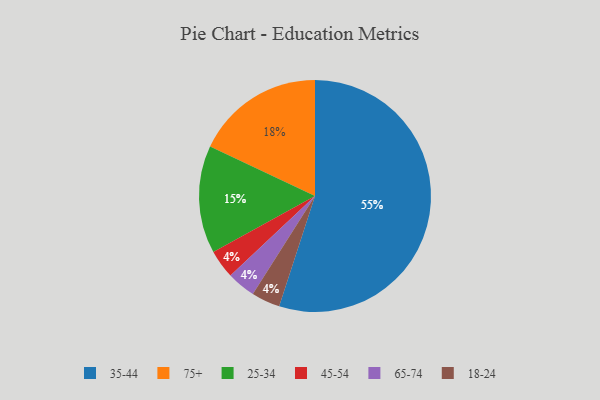
{"axis": {"x": "Category", "y": "Percentage"}, "legend": ["18-24", "25-34", "35-44", "45-54", "65-74", "75+"], "data": [{"x": "45-54", "y": 4, "type": "45-54"}, {"x": "75+", "y": 18, "type": "75+"}, {"x": "65-74", "y": 4, "type": "65-74"}, {"x": "18-24", "y": 4, "type": "18-24"}, {"x": "25-34", "y": 15, "type": "25-34"}, {"x": "35-44", "y": 55, "type": "35-44"}]}